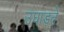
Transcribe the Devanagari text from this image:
उघाड़ते